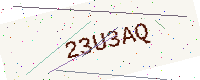
Text: 23U3AQ